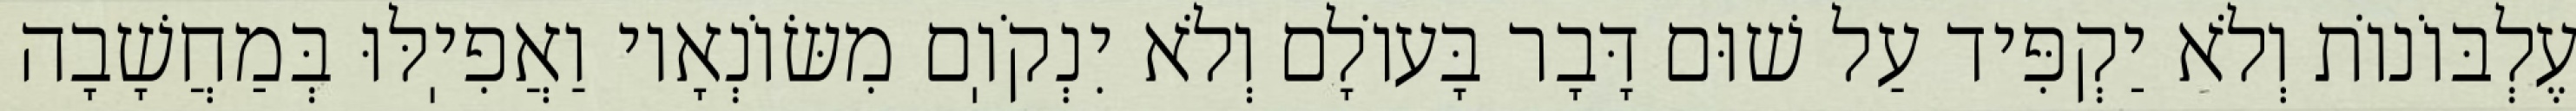
עֶלְבּוֹנוֹת וְלֹא יַקְפִּיד עַל שׁוּם דָּבָר בָּעוֹלָם וְלֹא יִנְקֹוֽם מִשּׂוֹנְאָיו וַאֲפִיֽלּוּ בְּמַחֲשָׁבָה